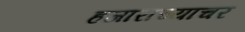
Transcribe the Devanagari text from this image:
हजाराच्याचर